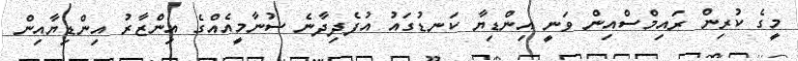
މީގެ ކުރިން ރައިމްސްއިން ވަނީ އިންޑިޔާ ކަނޑުގައު އުފެދިދާނެ ސުނާމީއެއްގެ އިންޒާރު އިންޑިޔާއިން